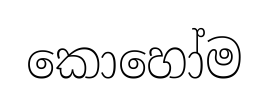
කොහෝම